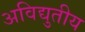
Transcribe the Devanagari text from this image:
अविद्युतीय